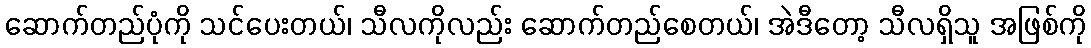
ဆောက်တည်ပုံကို သင်ပေးတယ်၊ သီလကိုလည်း ဆောက်တည်စေတယ်၊ အဲဒီတော့ သီလရှိသူ အဖြစ်ကို